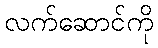
လက်ဆောင်ကို